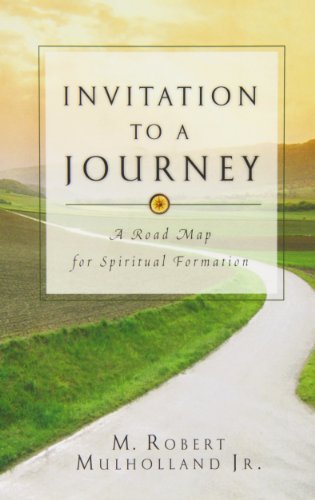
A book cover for Invitation to a Journey: A Road Map for Spiritual Formation; M. Robert Mulholland Jr.; History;